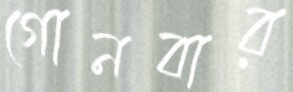
গোনবার